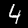
Digit: 4